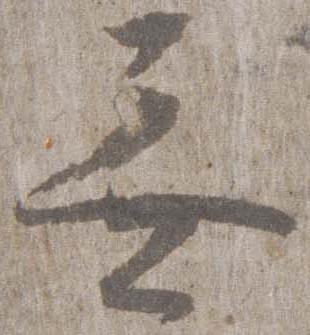
無